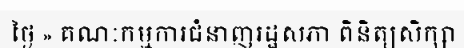
ថ្ងៃ » គណៈកម្មការជំនាញរដ្ឋសភា ពិនិត្យសិក្សា